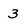
Character: 3